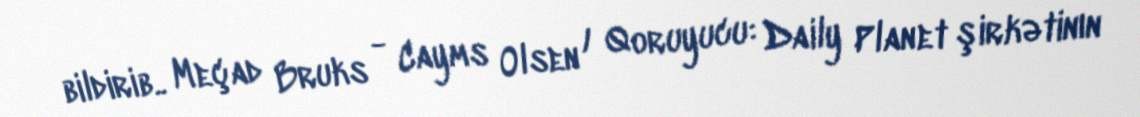
bildirib.. Meçad Bruks - Cayms Olsen / Qoruyucu: Daily Planet şirkətinın